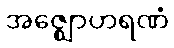
အဇ္ဈောဟရဏံ